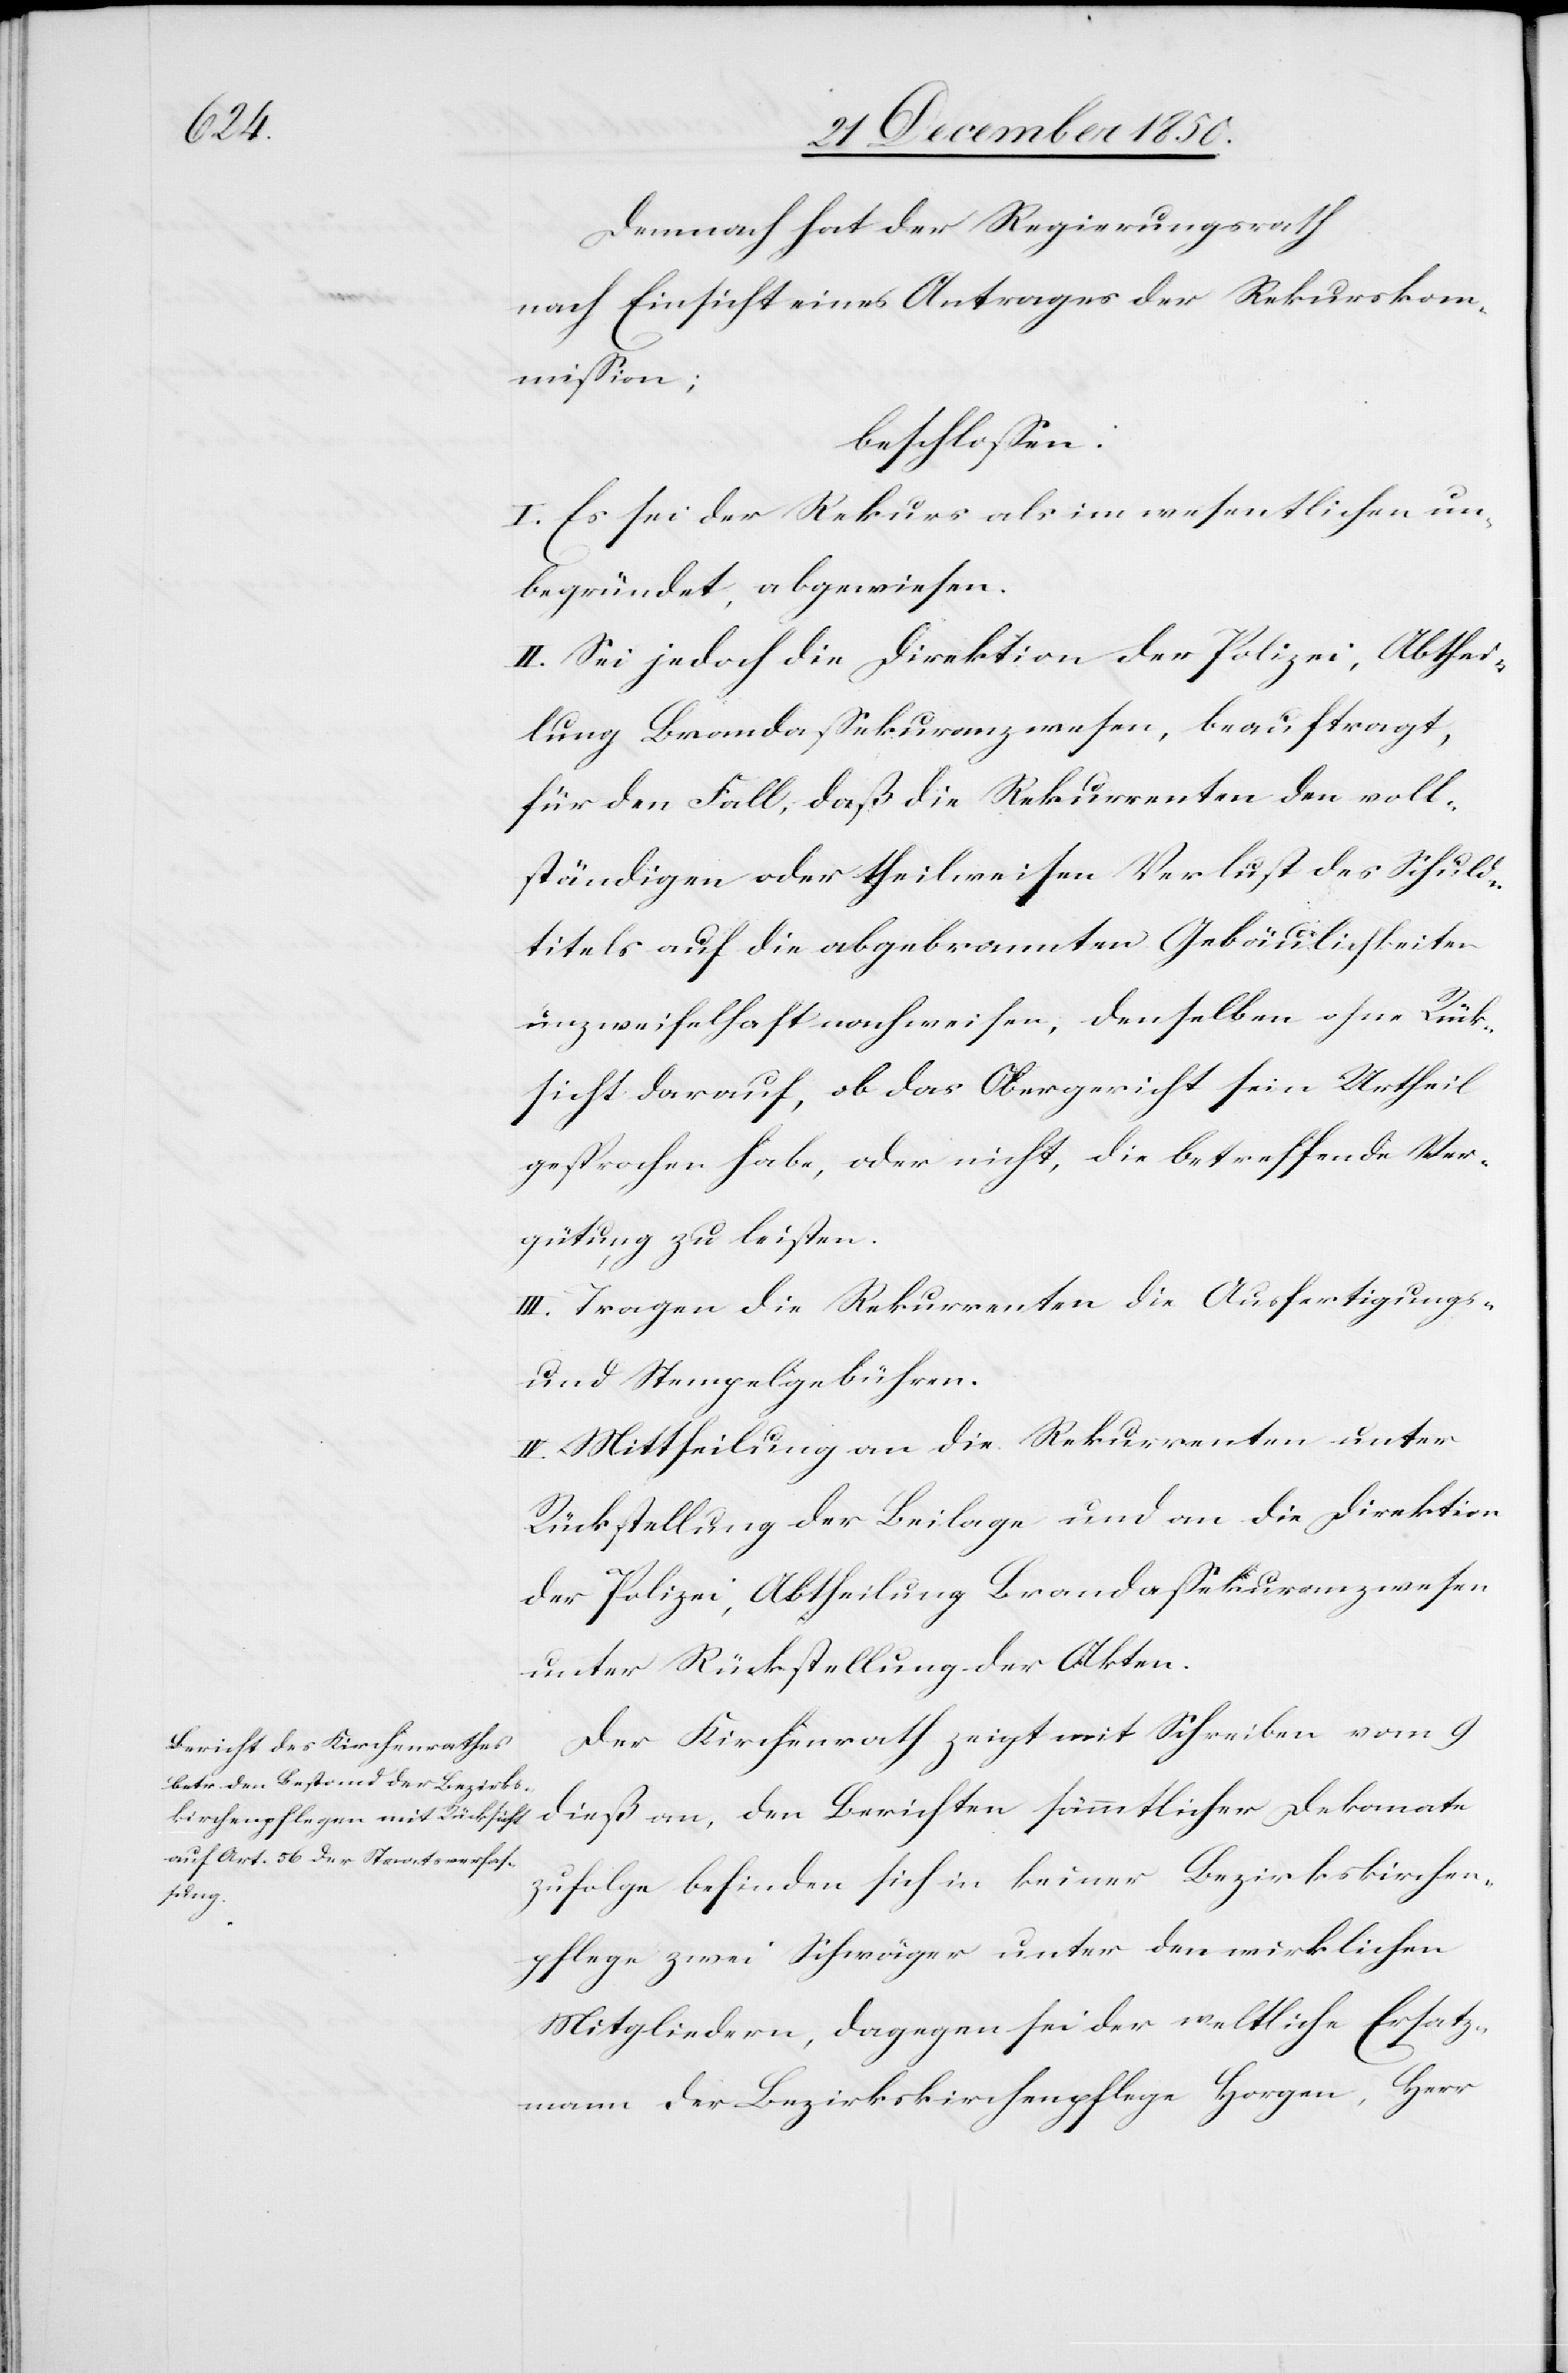
Demnach hat der Regierungsrath
nach Einsicht eines Antrages der Rekurskom¬
mission;
beschlossen:
I. Es sei der Rekurs als im wesentlichen un¬
begründet, abgewiesen.
II. Sei jedoch die Direktion der Polizei, Abthei¬
lung Brandassekuranzwesen, beauftragt,
für den Fall, daß die Rekurrenten den voll¬
ständigen oder theilweisen Verlust des Schuld¬
titels auf die abgebrannten Gebäulichkeiten
unzweifelhaft nachweisen, denselben ohne Rück¬
sicht darauf, ob das Obergericht sein Urtheil
gesprochen habe, oder nicht, die betreffende Ver¬
gütung zu leisten.
III. Tragen die Rekurrenten die Ausfertigungs-
und Stempelgebühren.
IV. Mittheilung an die Rekurrenten unter
Rückstellung der Beilage und an die Direktion
der Polizei, Abtheilung Brandassekuranzwesen
unter Rückstellung der Akten.
Der Kirchenrath zeigt mit Schreiben vom 9
dieß an, den Berichten sämmtlicher Dekanate
zufolge befinden sich in keiner Bezirkskirchen¬
pflege zwei Schwäger unter den wirklichen
Mitgliedern, dagegen sei der weltliche Ersatz¬
mann der Bezirkskirchenpflege Horgen, Herr